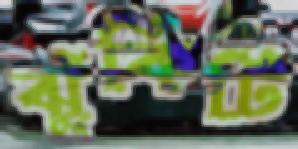
ঝুঁকিটি